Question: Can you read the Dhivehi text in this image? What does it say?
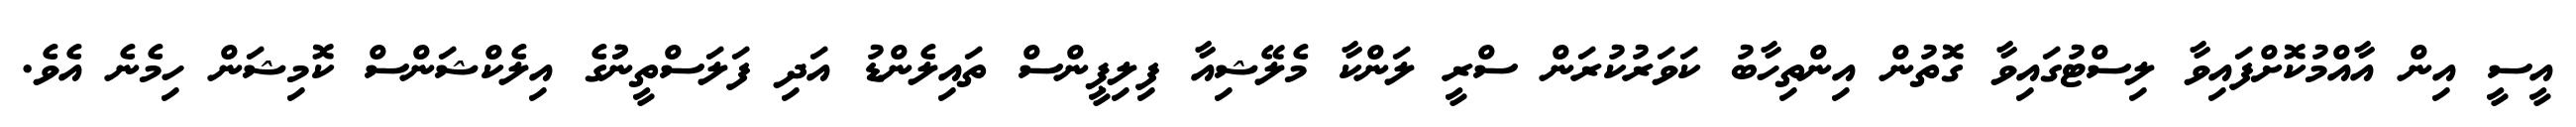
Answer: އީސީ އިން އާއްމުކޮށްފައިވާ ލިސްޓުގައިވާ ގޮތުން އިންތިހާބު ކަވަރުކުރަން ސްރީ ލަންކާ މެލޭޝިއާ ފިލިޕީންސް ތައިލެންޑު އަދި ފަލަސްތީނުުގެ އިލެކްޝަންސް ކޮމިޝަން ހިމެނެ އެވެ.